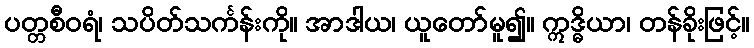
ပတ္တစီဝရံ၊ သပိတ်သင်္ကန်းကို။ အာဒါယ၊ ယူတော်မူ၍။ ဣဒ္ဓိယာ၊ တန်ခိုးဖြင့်။